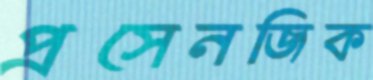
প্রসেনজিক